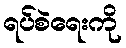
ရပ်စဲရေးကို